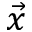
\Vec { x }